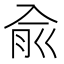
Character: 兪